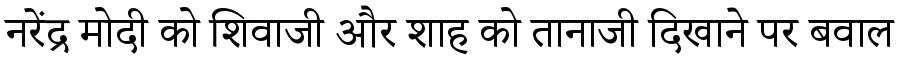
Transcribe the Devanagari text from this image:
नरेंद्र मोदी को शिवाजी और शाह को तानाजी दिखाने पर बवाल